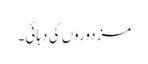
مزدوروں کی دہائی۔